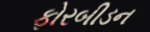
ફોરબીડન